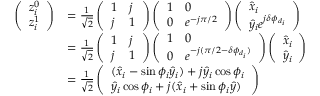
\begin{array} { r l } { \left( \begin{array} { l } { z _ { i } ^ { 0 } } \\ { z _ { i } ^ { 1 } } \end{array} \right) } & { = \frac { 1 } { \sqrt { 2 } } \left( \begin{array} { l l } { 1 } & { j } \\ { j } & { 1 } \end{array} \right) \left( \begin{array} { l l } { 1 } & { 0 } \\ { 0 } & { e ^ { - j \pi / 2 } } \end{array} \right) \left( \begin{array} { l } { \hat { x } _ { i } } \\ { \hat { y } _ { i } e ^ { j \delta \phi _ { d _ { i } } } } \end{array} \right) } \\ & { = \frac { 1 } { \sqrt { 2 } } \left( \begin{array} { l l } { 1 } & { j } \\ { j } & { 1 } \end{array} \right) \left( \begin{array} { l l } { 1 } & { 0 } \\ { 0 } & { e ^ { - j ( \pi / 2 - \delta \phi _ { d _ { i } } ) } } \end{array} \right) \left( \begin{array} { l } { \hat { x } _ { i } } \\ { \hat { y } _ { i } } \end{array} \right) } \\ & { = \frac { 1 } { \sqrt { 2 } } \left( \begin{array} { l } { ( \hat { x } _ { i } - \sin \phi _ { i } \hat { y } _ { i } ) + j \hat { y } _ { i } \cos \phi _ { i } } \\ { \hat { y } _ { i } \cos \phi _ { i } + j ( \hat { x } _ { i } + \sin \phi _ { i } \hat { y } ) } \end{array} \right) } \end{array}